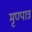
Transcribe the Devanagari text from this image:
मृण्पात्र